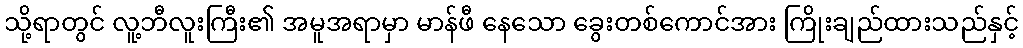
သို့ရာတွင် လူ့ဘီလူးကြီး၏ အမူအရာမှာ မာန်ဖီ နေသော ခွေးတစ်ကောင်အား ကြိုးချည်ထားသည်နှင့်